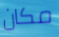
مكان